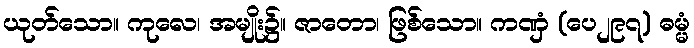
ယုတ်သော။ ကုလေ၊ အမျိုး၌။ ဇာတော၊ ဖြစ်သော။ ကဏှံ (ပေ၂၉၇) ဓမ္မံ